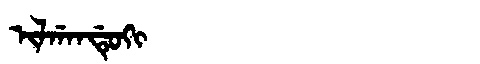
Manchu: ᡳᠯᡤᠠᠨᡩᡠᡴᡳ
Romanization: ILGANDUKI